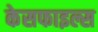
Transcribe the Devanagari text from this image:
केसफाइल्स